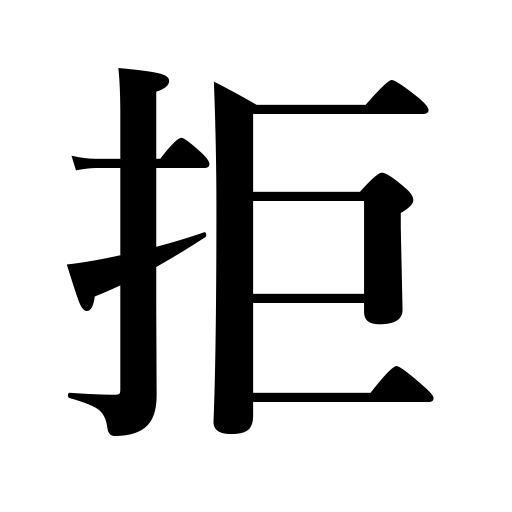
Meanings: refuse,decline,repudiate,prevent,deny,resist,oppose,reject